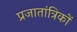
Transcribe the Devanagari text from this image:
प्रजातांत्रिकों